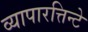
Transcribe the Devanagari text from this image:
व्यापारत्तिन्टे